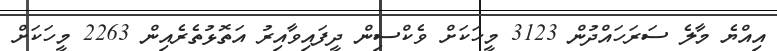
އިއްޔެ މާލެ ސަރަހައްދުން 3123 މީހަކަށް ވެކްސިން ދީފައިވާއިރު އަތޮޅުތެރެއިން 2263 މީހަކަށް